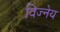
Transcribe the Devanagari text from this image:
विज्नेय